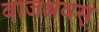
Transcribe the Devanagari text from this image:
वाजश्रवस्